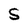
Character: S